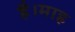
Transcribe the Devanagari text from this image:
है।माह